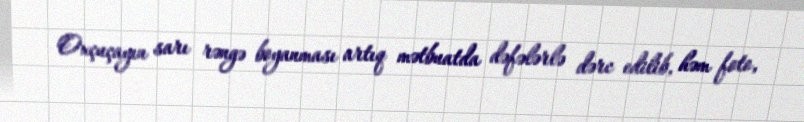
Oxçuçayın sarı rəngə boyanması artıq mətbuatda dəfələrlə dərc edilib, həm foto,